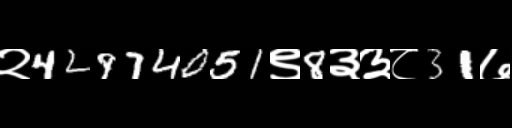
Text: २42974051९8३३८31७